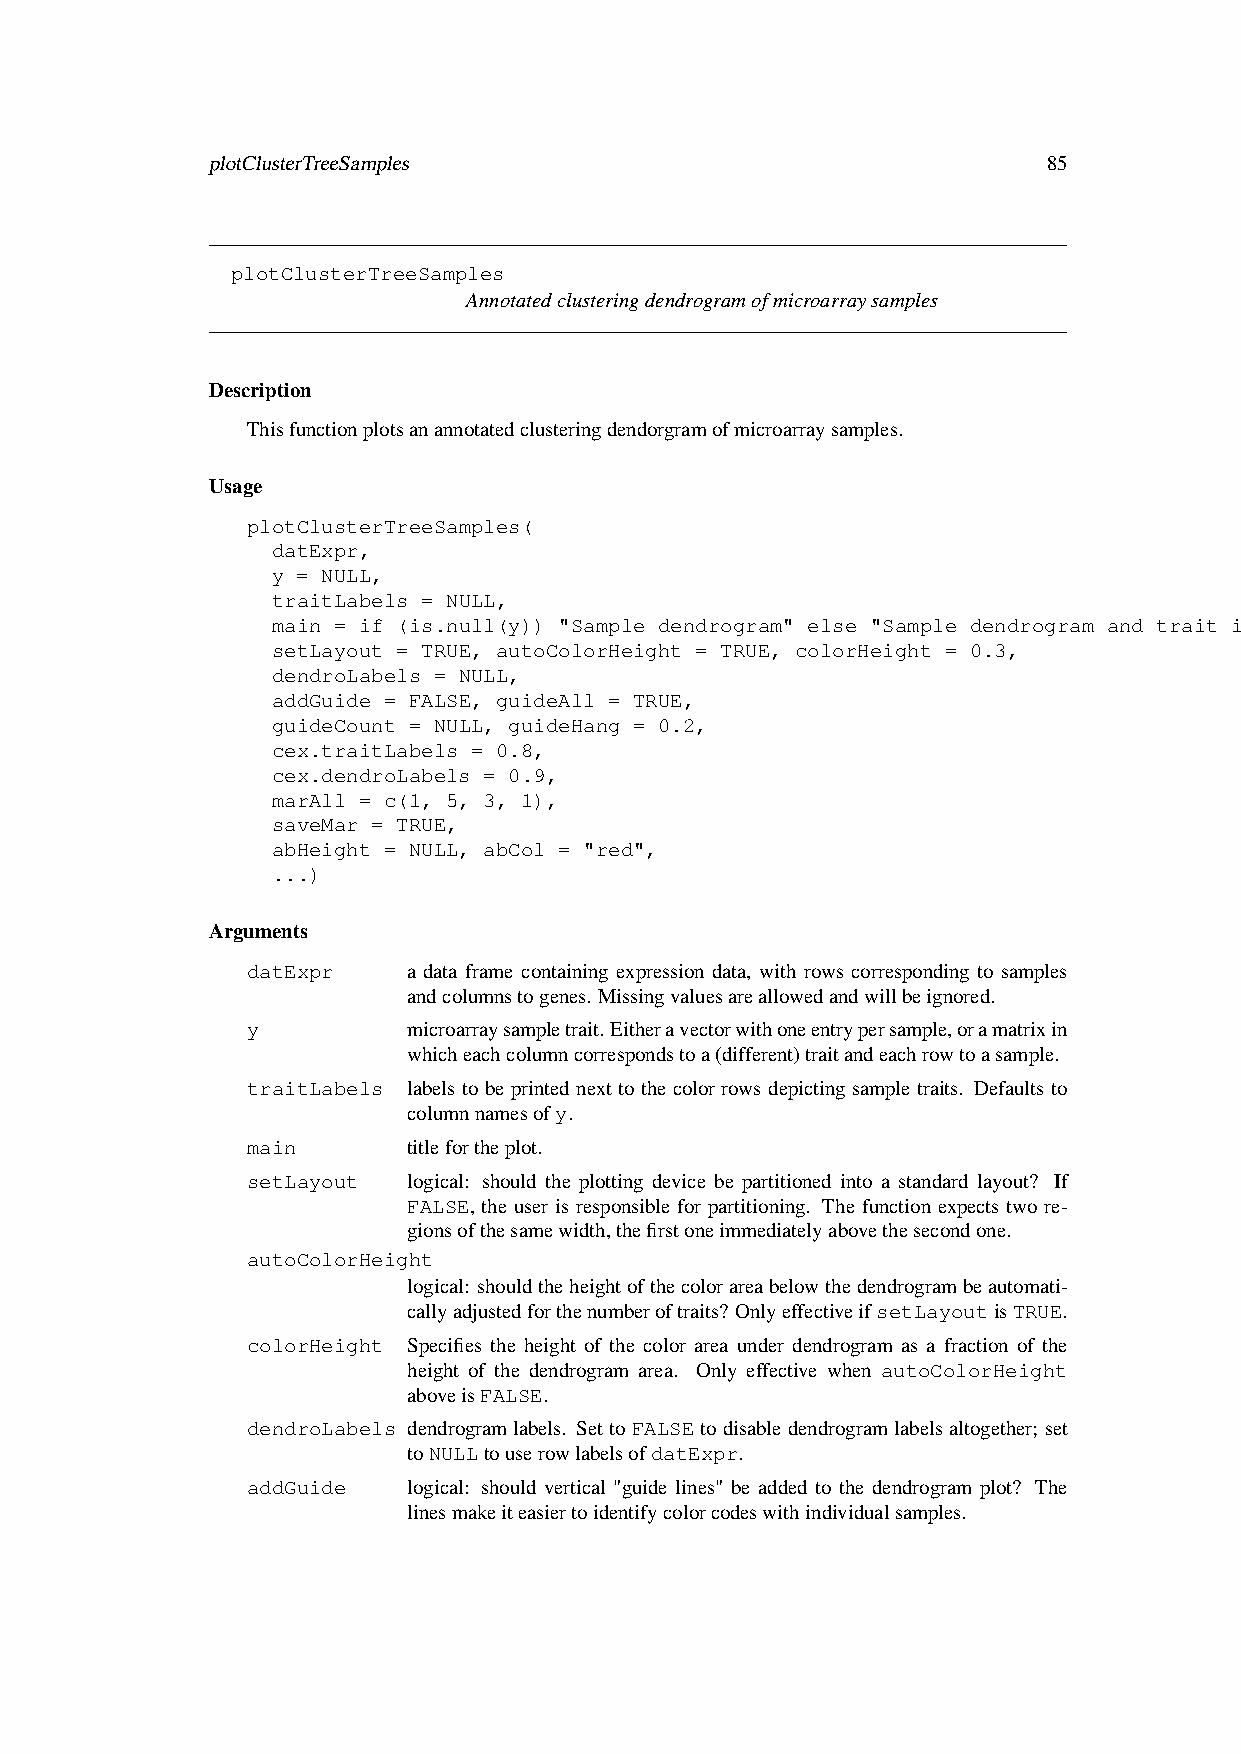
plotClusterTreeSamples                                 85
 plotClusterTreeSamples
 Annotatedclusteringdendrogramofmicroarraysamples
 Description
 Thisfunctionplotsanannotatedclusteringdendorgramofmicroarraysamples.
 Usage
 plotClusterTreeSamples(
 datExpr,
 y = NULL,
 traitLabels = NULL,
 main = if (is.null(y)) "Sample dendrogram" else "Sample dendrogram and trait indicator",
 setLayout = TRUE, autoColorHeight = TRUE, colorHeight = 0.3,
 dendroLabels = NULL,
 addGuide = FALSE, guideAll = TRUE,
 guideCount = NULL, guideHang = 0.2,
 cex.traitLabels = 0.8,
 cex.dendroLabels = 0.9,
 marAll = c(1, 5, 3, 1),
 saveMar = TRUE,
 abHeight = NULL, abCol = "red",
 ...)
 Arguments
 datExpr    a data frame containing expression data, with rows corresponding to samples
 andcolumnstogenes. Missingvaluesareallowedandwillbeignored.
 y          microarraysampletrait.Eitheravectorwithoneentrypersample,oramatrixin
 whicheachcolumncorrespondstoa(different)traitandeachrowtoasample.
 traitLabels labels to be printed next to the color rows depicting sample traits. Defaults to
 columnnamesofy.
 main       titlefortheplot.
 setLayout  logical: should the plotting device be partitioned into a standard layout? If
 FALSE, the user is responsible for partitioning. The function expects two re-
 gionsofthesamewidth,thefirstoneimmediatelyabovethesecondone.
 autoColorHeight
 logical: shouldtheheightofthecolorareabelowthedendrogrambeautomati-
 callyadjustedforthenumberoftraits? OnlyeffectiveifsetLayoutisTRUE.
 colorHeight Specifies the height of the color area under dendrogram as a fraction of the
 height of the dendrogram area. Only effective when autoColorHeight
 aboveisFALSE.
 dendroLabels dendrogramlabels. SettoFALSEtodisabledendrogramlabelsaltogether; set
 toNULLtouserowlabelsofdatExpr.
 addGuide   logical: should vertical "guide lines" be added to the dendrogram plot? The
 linesmakeiteasiertoidentifycolorcodeswithindividualsamples.